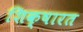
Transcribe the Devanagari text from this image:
शिक्षारत